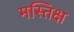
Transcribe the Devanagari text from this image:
मस्तिक्ष